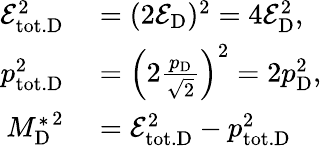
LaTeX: \begin{array}{rl}{\mathcal{E}_{\mathrm{tot.D}}^{2}}&{{}=(2\mathcal{E}_{\mathrm{D}})^{2}=4\mathcal{E}_{\mathrm{D}}^{2},}\\ {p_{\mathrm{tot.D}}^{2}}&{{}=\Big(2\frac{p_{\mathrm{D}}}{\sqrt 2}\Big)^{2}=2p_{\mathrm{D}}^{2},}\\ {{M_{\mathrm{D}}^{*}}^{2}}&{{}=\mathcal{E}_{\mathrm{tot.D}}^{2}-p_{\mathrm{tot.D}}^{2}}\end{array}